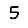
Digit: 5